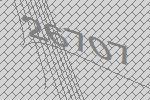
26707